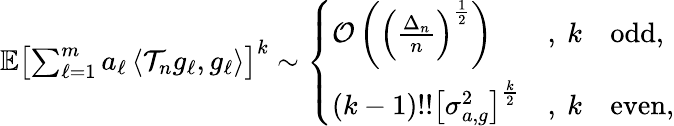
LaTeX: \begin{array}{r}{\mathbb{E}\left[\sum_{\ell=1}^{m}a_{\ell}\left\langle\mathcal T_{n}g_{\ell},g_{\ell}\right\rangle\right]^{k}\sim\left\{ \begin{array}{ll}{\mathcal{O}\left(\left(\frac{\Delta_{n}}{n}\right)^{\frac{1}{2}}\right)}&{,\ k\quad\mathrm{odd},}\\ {(k-1)!!\left[\sigma_{a,g}^{2}\right]^{\frac{k}{2}}}&{,\ k\quad\mathrm{even},}\end{array}\right.}\end{array}